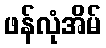
ဖန်လုံအိမ်